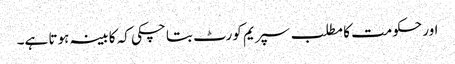
اور حکومت کا مطلب سپریم کورٹ بتا چکی کہ کابینہ ہوتا ہے۔